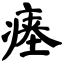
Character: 瘗